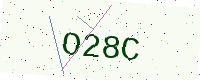
Text: O28C